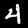
Digit: 4